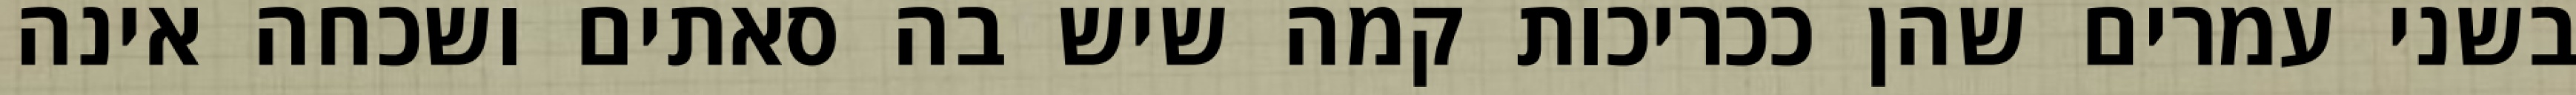
בשני עמרים שהן ככריכות קמה שיש בה סאתים ושכחה אינה